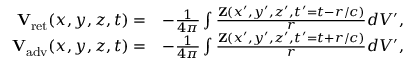
\begin{array} { r l } { { \mathbf V } _ { \mathrm { r e t } } ( x , y , z , t ) = } & { - \frac { 1 } { 4 \pi } \int \frac { { \mathbf Z } ( x ^ { \prime } , y ^ { \prime } , z ^ { \prime } , t ^ { \prime } = t - r / c ) } { r } d V ^ { \prime } , } \\ { { \mathbf V } _ { \mathrm { a d v } } ( x , y , z , t ) = } & { - \frac { 1 } { 4 \pi } \int \frac { { \mathbf Z } ( x ^ { \prime } , y ^ { \prime } , z ^ { \prime } , t ^ { \prime } = t + r / c ) } { r } d V ^ { \prime } , } \end{array}